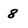
Character: 8